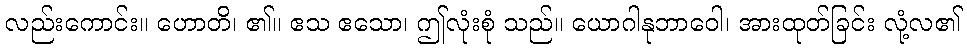
လည်းကောင်း။ ဟောတိ၊ ၏။ ဧသ ဧသော၊ ဤလုံးစုံ သည်။ ယောဂါနုဘာဝေါ၊ အားထုတ်ခြင်း လုံ့လ၏